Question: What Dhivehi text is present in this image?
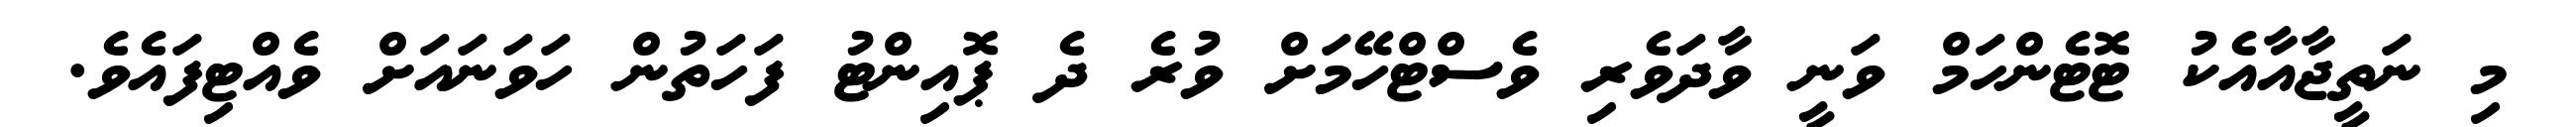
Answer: މި ނަތީޖާއާއެކު ޓޮޓެންހަމް ވަނީ ވާދަވެރި ވެސްޓްހޭމަށް ވުރެ ދެ ޕޮއިންޓު ފަހަތުން ހަވަނައަށް ވެއްޓިފައެވެ.